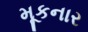
મૂકનાર